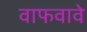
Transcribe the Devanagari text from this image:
वाफवावे